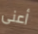
أعنى